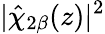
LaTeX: |\hat{\chi}_{2\beta}(z)|^{2}